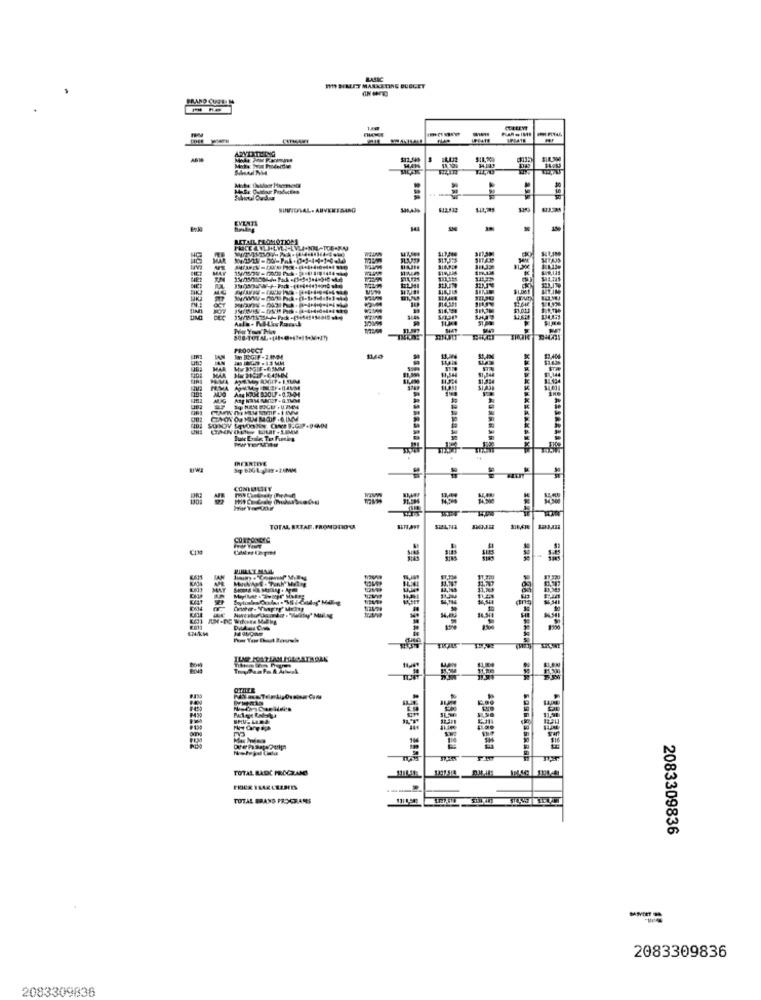
BASIC
IM SEREET MARKETING BUBLET
FRANO CURE
QUELEY
ARYIRILING
MAL
PRODUCT
MAR
CTMON OU MAM MOIF . 6. INMM
RARDE
TERRINE
COMIBLITT
TOTAL ERTAR, PROMOTION
3535
TOTAL BLOC PROGRAME
TOTAL BRAND PROGRAMS
2083309836
2083309836
2083309836